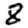
Digit: 8